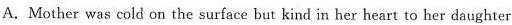
A.Mother was cold on the surface but kind in her heart to her daughter